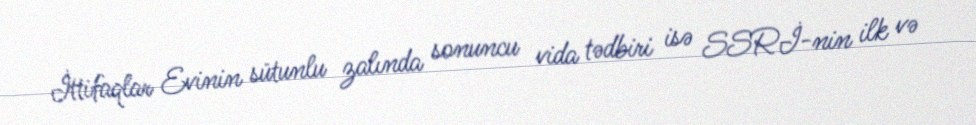
İttifaqlar Evinin sütunlu zalında sonuncu vida tədbiri isə SSRİ-nin ilk və